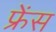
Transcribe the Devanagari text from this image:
फ्रेंस